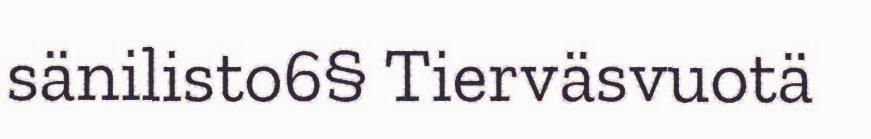
sänilisto6§ Tierväsvuotä